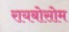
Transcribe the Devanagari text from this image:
रायबोसोम